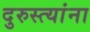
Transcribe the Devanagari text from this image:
दुरुस्त्यांना